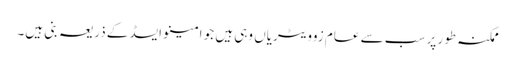
ممکنہ طور پر سب سے عام زوویٹریاں وہی ہیں جو امینو ایسڈ کے ذریعہ بنی ہیں۔